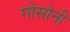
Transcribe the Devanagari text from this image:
गोसोनी